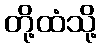
တို့ထံသို့